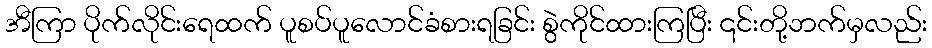
အီကြာ ပိုက်လိုင်းရေထက် ပူစပ်ပူလောင်ခံစားရခြင်း စွဲကိုင်ထားကြပြီး ၎င်းတို့ဘက်မှလည်း